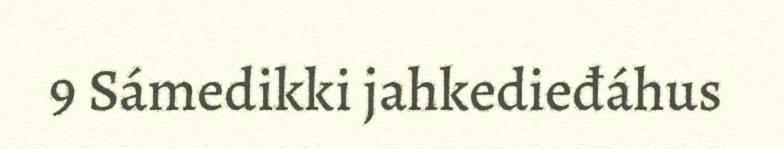
9 Sámedikki jahkedieđáhus